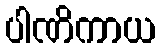
ပါဏိကာယ